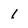
Character: 1